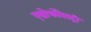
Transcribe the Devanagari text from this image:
एग्रोफोरेस्ट्री